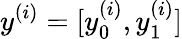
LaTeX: y^{(i)}=[y_{0}^{\left(i\right)},y_{1}^{(i)}]